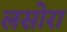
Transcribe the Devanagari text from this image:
लसोरा